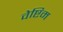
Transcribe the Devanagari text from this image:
वेष्टिम